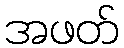
အဖတ်